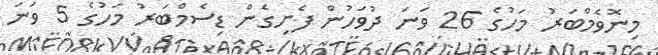
މިނޮވެމްބަރު މަހުގެ 26 ވަނަ ދުވަހުން ފެށިގެން ޑިސެމްބަރު މަހުގެ 5 ވަނަ